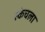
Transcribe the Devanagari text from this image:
स्केचला